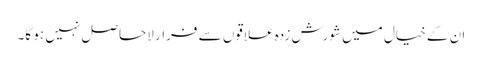
ان کے خیال میں شورش زدہ علاقوں سے فرار لاحاصل نہیں ہو گا۔